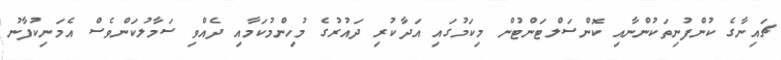
ޗައިނާގެ ކުންފުނިތަކުންނާއި ކޮންސަލްޓަންޓުން މިކަމުގައި އަދާކުރި ދައުރުގެ މުހިންމުކަމާއި ދެއްވި ސަމާލުކަންވެސް އެމަނިކުފާނު